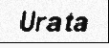
Urata